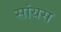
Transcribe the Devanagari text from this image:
सांयस